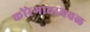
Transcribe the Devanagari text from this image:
कोरेगावाजवळ